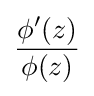
{\frac {\phi '(z)}{\phi (z)}}